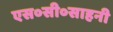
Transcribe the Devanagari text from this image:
एस०सी०साहनी